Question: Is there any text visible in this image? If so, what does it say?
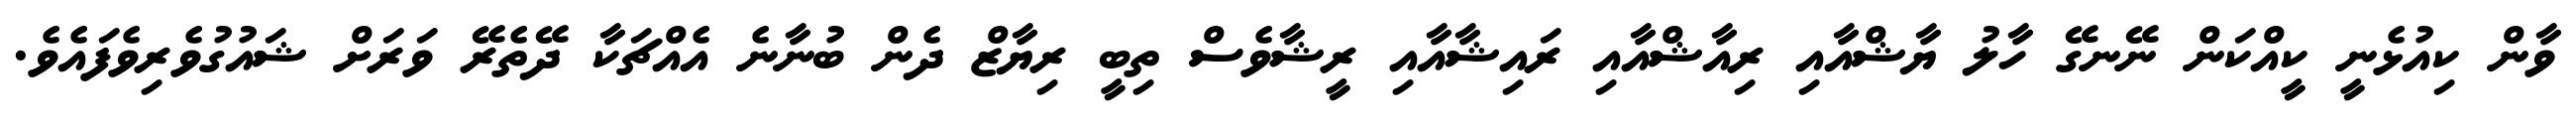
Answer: ވާން ކިއުޅެނީ ކީއްކަން ނޭނގޭ ހާލު ޔާޝްއާއި ރިއާޝްއާއި ރައިޝާއާއި ރީޝާވެސް ތިބީ ރިޔާޒް ދެން ބުނާނެ އެއްޗަކާ ދޭތެރޭ ވަރަށް ޝައުގުވެރިވެފައެވެ.